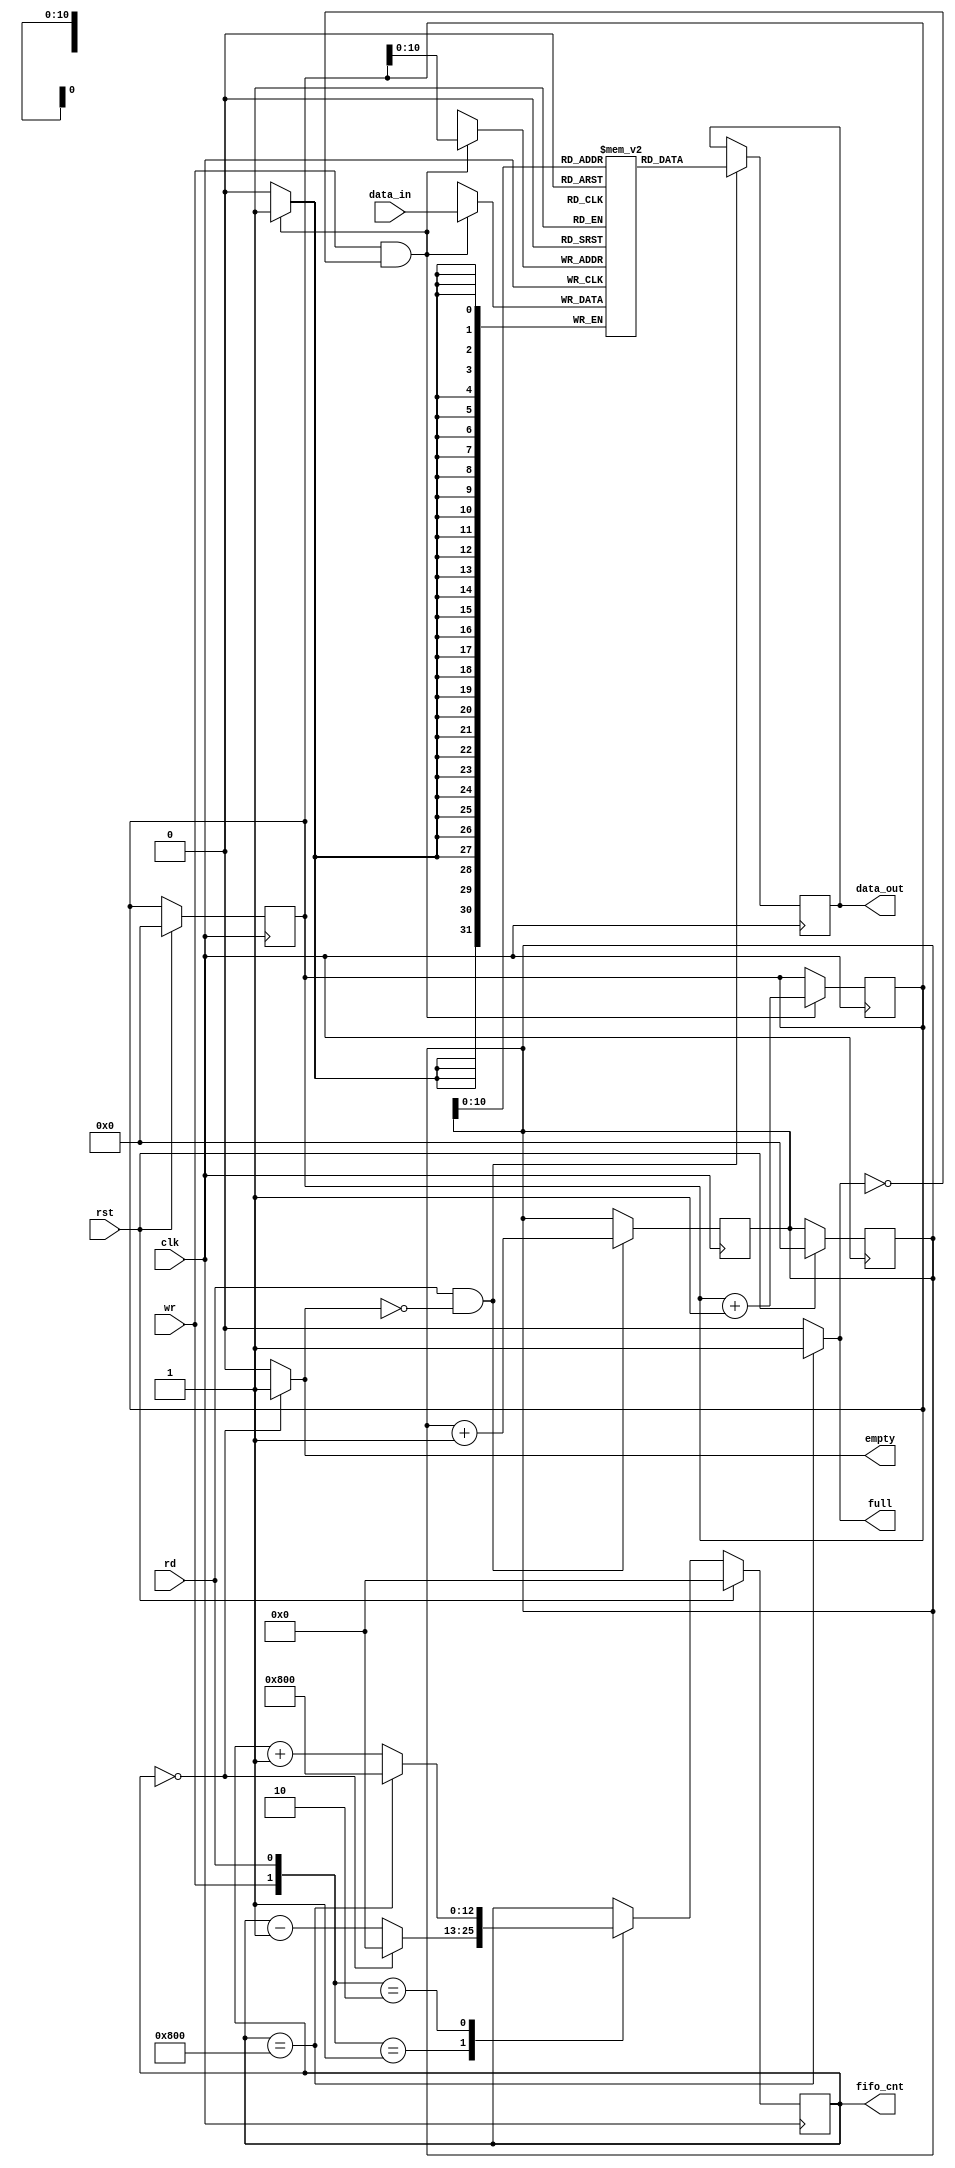
`timescale 1ns / 1ps
module FIFO_2048#(parameter data_width=32,
                  parameter Depth = 2048,
                  parameter Ptr_width=$clog2(Depth)) (
input [data_width-1:0] data_in,
 input clk, rst, rd, wr,
output  empty,
output  full,
output reg [Ptr_width+1:0]fifo_cnt,
output reg [data_width-1:0] data_out);


reg [data_width-1:0] fifo_ram [0:Depth-1];
reg [Ptr_width:0] rd_ptr;
reg [Ptr_width:0] wr_ptr;

always @(posedge clk) begin
    if (rst) begin
        wr_ptr <= 0;
        rd_ptr <= 0;
    end 
end


always @(posedge clk) begin: write
         if (wr && ~full)  begin
            fifo_ram [wr_ptr] <= data_in;
             wr_ptr <=  wr_ptr+1;
    end
end

always @ (posedge clk) begin: read
        if (rd && ~empty)
            begin
                data_out <= fifo_ram [rd_ptr];
                rd_ptr <=  rd_ptr+1 ;
            end
end

//counter
always @(posedge clk) begin: count
    if (rst) fifo_cnt <= 0;
    else begin
        case ({wr, rd})
            2'b01: fifo_cnt <= (fifo_cnt==0) ? 0: fifo_cnt-1;
            2'b10: fifo_cnt <= (fifo_cnt==Depth) ? Depth: fifo_cnt+1;
            default: fifo_cnt <= fifo_cnt;
        endcase
    end
end

assign empty = (fifo_cnt ==0)?1:0;
assign full = (fifo_cnt ==Depth )?1:0;


endmodule